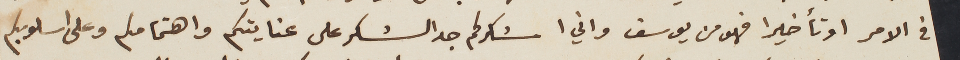
فى الامر او تأخيرا فهو من يوسف واني اشكركم جد الشكر على عنايتكم واهتمامكم وعلى اسلوبكم